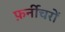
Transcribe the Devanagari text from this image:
फ़र्नीचरों